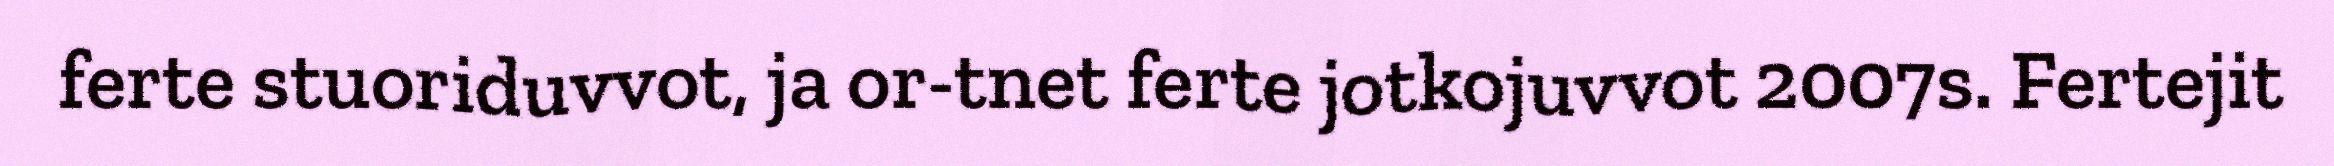
ferte stuoriduvvot, ja or-tnet ferte jotkojuvvot 2007s. Fertejit